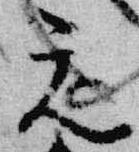
元